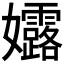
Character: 𮱛